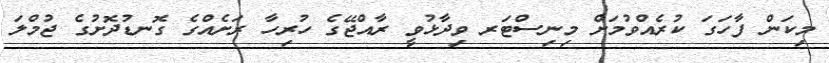
މިކަން ފާހަގަ ކުރެއްވުމަށް މިނިސްޓަރ ވިދާޅުވީ ރާއްޖޭގެ ހުރިހާ ރަށެއްގެ ގޮނޑުދޮށުގެ ޖުމްލަ